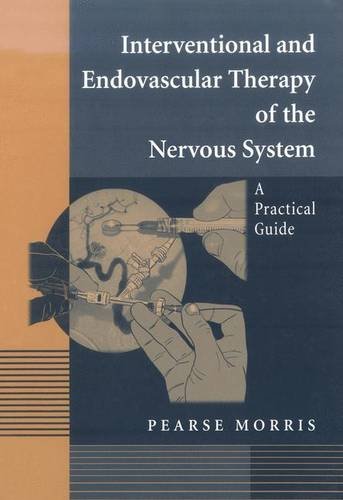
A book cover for Interventional and Endovascular Therapy of the Nervous System: A Practical Guide; Pearse Morris; Health, Fitness & Dieting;